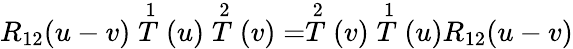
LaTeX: R_{12}(u-v)\stackrel{1}{T}(u)\stackrel{2}{T}(v)=\stackrel{2}{T}(v)\stackrel{1}{T}(u)R_{12}(u-v)